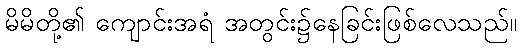
မိမိတို့၏ ကျောင်းအရံ အတွင်း၌နေခြင်းဖြစ်လေသည်။